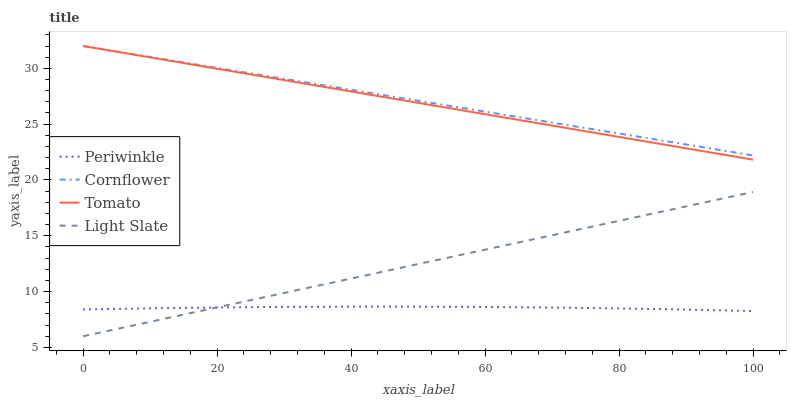
| xaxis_label | Periwinkle | Cornflower | Tomato | Light Slate |
 | --- | --- | --- | --- | --- |
 | 0 | 8.4 | 32 | 32 | 6 |
 | 14.3 | 8.54 | 30.6 | 30.5 | 7.85 |
 | 28.6 | 8.62 | 29.2 | 29.1 | 9.69 |
 | 42.9 | 8.66 | 27.8 | 27.6 | 11.5 |
 | 57.1 | 8.64 | 26.4 | 26.2 | 13.4 |
 | 71.4 | 8.56 | 25 | 24.7 | 15.2 |
 | 85.7 | 8.44 | 23.6 | 23.3 | 17.1 |
 | 100 | 8.26 | 22.2 | 21.8 | 18.9 |